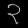
Digit: ၃